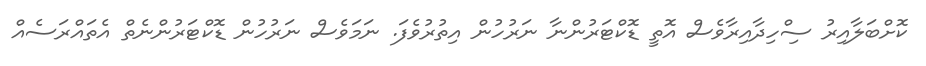
ކޮށްބަލާއިރު ސިްހިދާއިރާވެސް އޮތީ ޑޮކްޓަރުންނާ ނަރުހުން އިތުރުވެފަ. ނަމަވެސް ނަރުހުން ޑޮކްޓަރުންނެތް އެތައްރަސެއް